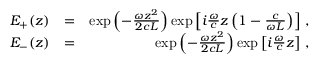
\begin{array} { r l r } { E _ { + } ( z ) } & { = } & { \exp \left( - \frac { \omega z ^ { 2 } } { 2 c L } \right) \exp \left[ i \frac { \omega } { c } z \left( 1 - \frac { c } { \omega L } \right) \right] \, , } \\ { E _ { - } ( z ) } & { = } & { \exp \left( - \frac { \omega z ^ { 2 } } { 2 c L } \right) \exp \left[ i \frac { \omega } { c } z \right] \, , } \end{array}